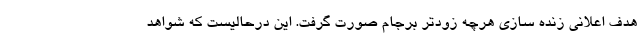
هدف اعلانی زنده سازی هرچه زودتر برجام صورت گرفت. این درحالیست که شواهد